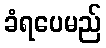
ခံရပေမည်